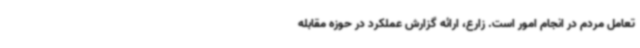
تعامل مردم در انجام امور است. زارع، ارائه گزارش عملکرد در حوزه مقابله